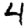
Digit: 4